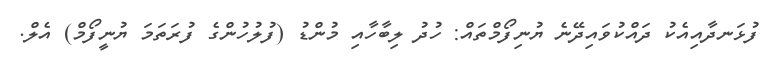
ފުޅަނދާއިއެކު ދައްކުވައިދޭނެ ޔުނިފޯމްތައް: ހުދު ލިބާހާއި މުންޑު (ފުލުހުންގެ ފުރަތަމަ ޔުނީފޯމް) އެލް.